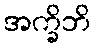
အက္ခိဘိ